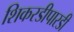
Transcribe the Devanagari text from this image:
शिकरडीपारडी